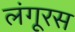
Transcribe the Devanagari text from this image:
लंगूरस